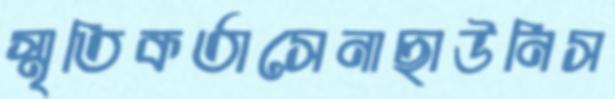
স্মৃতিকর্তাসেনাছাউনিস